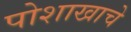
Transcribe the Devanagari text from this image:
पोशाखाचे